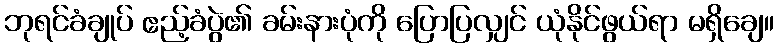
ဘုရင်ခံချုပ် ဧည့်ခံပွဲ၏ ခမ်းနားပုံကို ပြောပြလျှင် ယုံနိုင်ဖွယ်ရာ မရှိချေ။